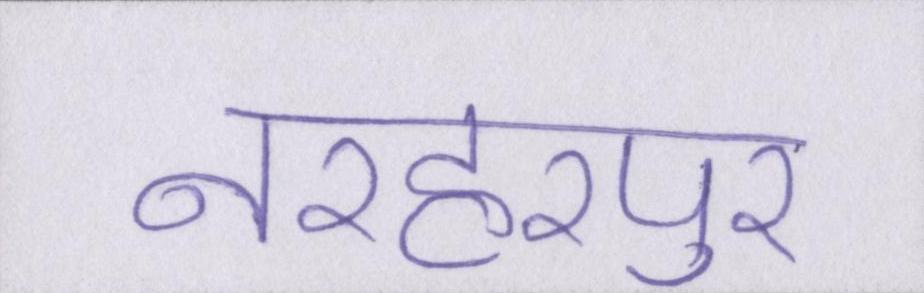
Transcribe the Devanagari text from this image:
नरहरपुर